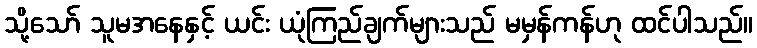
သို့သော် သူမအနေနှင့် ယင်း ယုံကြည်ချက်များသည် မမှန်ကန်ဟု ထင်ပါသည်။